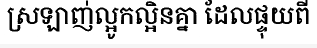
ស្រឡាញ់ល្អូកល្អិនគ្នា ដែលផ្ទុយពី